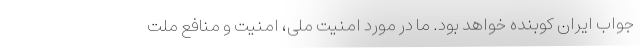
جواب ایران کوبنده خواهد بود. ما در مورد امنیت ملی، امنیت و منافع ملت